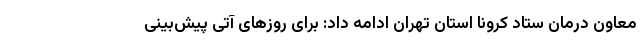
معاون درمان ستاد کرونا استان تهران ادامه داد: برای روزهای آتی پیش‌بینی